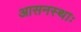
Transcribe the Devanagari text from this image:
आसनस्थाः